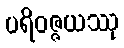
ပရိဝဇ္ဇယဿု